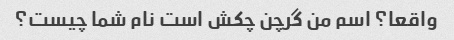
واقعا؟ اسم من گرچن چکش است نام شما چیست؟